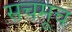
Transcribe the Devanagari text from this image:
सचमूच